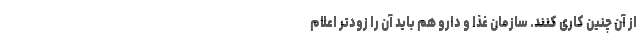
از آن چنین کاری کنند. سازمان غذا و دارو هم باید آن را زودتر اعلام